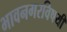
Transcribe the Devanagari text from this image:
भावनगरविषयी